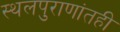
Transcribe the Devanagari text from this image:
स्थलपुराणांतही